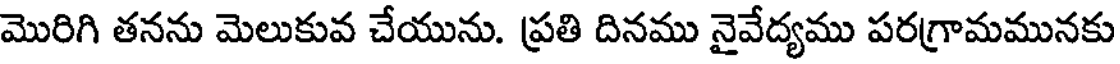
మొరిగి తనను మెలుకువ చేయును. ప్రతి దినము నైవేద్యము పరగ్రామమునకు